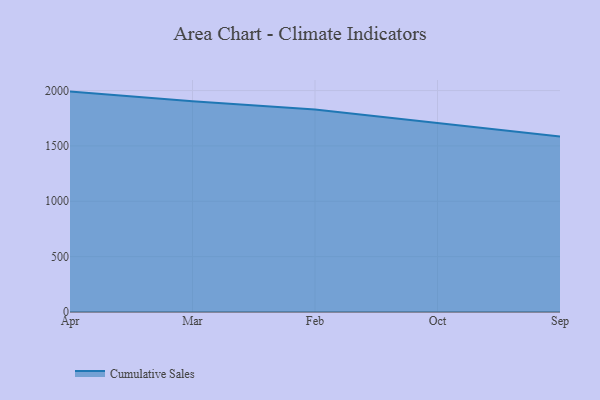
{"axis": {"x": "Month", "y": "Inventory Turnover"}, "legend": ["Cumulative Sales"], "data": [{"x": "Apr", "y": 1990.5, "type": "Cumulative Sales"}, {"x": "Mar", "y": 1904.3, "type": "Cumulative Sales"}, {"x": "Feb", "y": 1829.4, "type": "Cumulative Sales"}, {"x": "Oct", "y": 1707.0, "type": "Cumulative Sales"}, {"x": "Sep", "y": 1585.3, "type": "Cumulative Sales"}]}